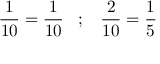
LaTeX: { \frac { 1 } { 1 0 } } = { \frac { 1 } { 1 0 } } \; \; \; ; \; \; \; { \frac { 2 } { 1 0 } } = { \frac { 1 } { 5 } }